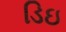
ડિઇ